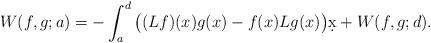
LaTeX: \begin{align*}W(f,g;a)=-\int_{a}^{d}\big((Lf)(x) g(x)-f(x) Lg(x)\big)\d x + W(f,g;d).\end{align*}